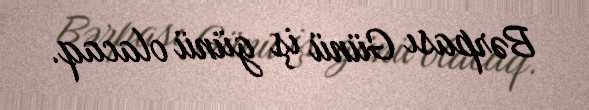
Bərpası Günü iş günü olacaq.